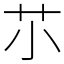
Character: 䒕